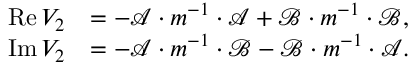
\begin{array} { r l } { \operatorname { R e } V _ { 2 } } & { = - \mathcal { A } \cdot m ^ { - 1 } \cdot \mathcal { A } + \mathcal { B } \cdot m ^ { - 1 } \cdot \mathcal { B } , } \\ { \operatorname { I m } V _ { 2 } } & { = - \mathcal { A } \cdot m ^ { - 1 } \cdot \mathcal { B } - \mathcal { B } \cdot m ^ { - 1 } \cdot \mathcal { A } . } \end{array}